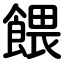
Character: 餵